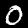
Label: 0